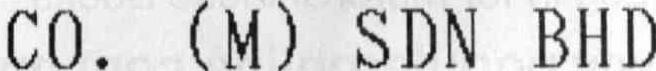
CO. (M) SDN BHD